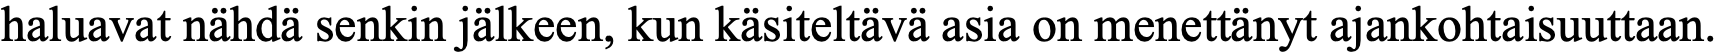
haluavat nähdä senkin jälkeen, kun käsiteltävä asia on menettänyt ajankohtaisuuttaan.